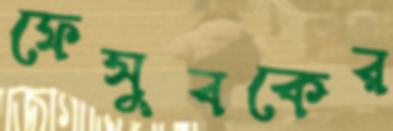
ফেসুবকের